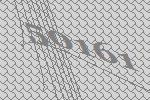
50161